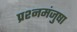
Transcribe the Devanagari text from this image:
प्रश्नमंजुषा